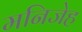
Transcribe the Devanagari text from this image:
मनिजेह